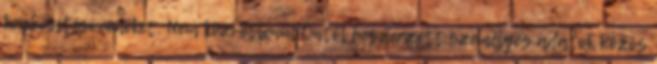
kézbesítési címeket. Nem közvetlenül Öntől beszerzett személyes adatok Közös